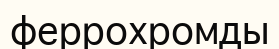
феррохромды